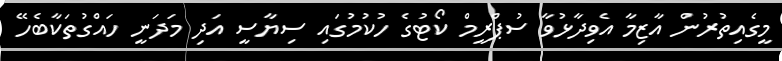
މީގެއިތުރުން އާޒިމާ އެވިދާޅުވާ ސުޕްރީމް ކޯޓުގެ ހުކުމުގައި ސިޔާސީ އަދި މަދަނީ ހައްގުތަކާބެހޭ